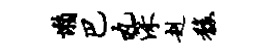
懒巴丸深赳馥